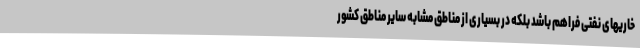
خاریهای نفتی فراهم باشد بلکه در بسیاری از مناطق مشابه سایر مناطق کشور